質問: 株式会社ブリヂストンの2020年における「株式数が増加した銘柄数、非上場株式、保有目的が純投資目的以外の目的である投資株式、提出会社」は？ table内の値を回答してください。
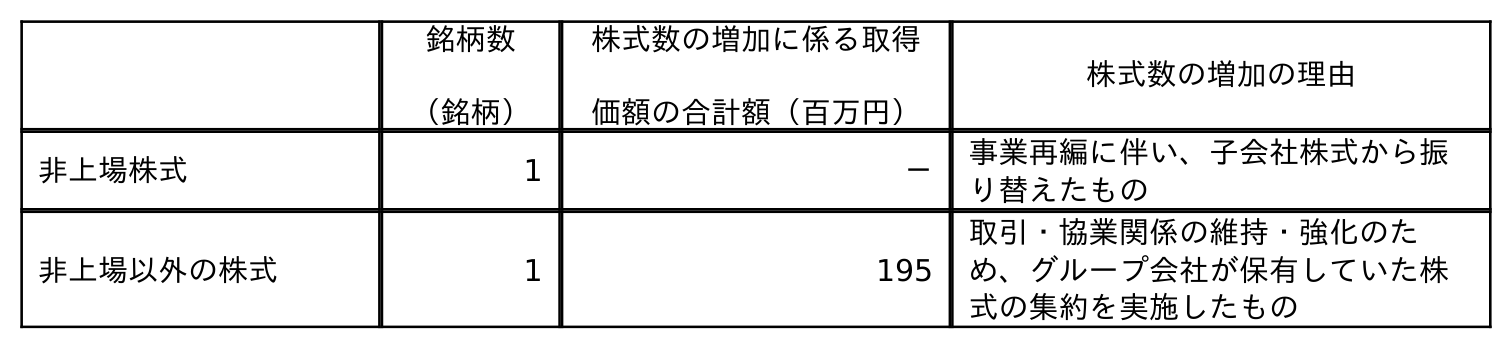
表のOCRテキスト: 銘柄数 （銘柄） 株式数の増加に係る取得 価額の合計額（百万円） 株式数の増加の理由 非上場株式 1 － 事業再編に伴い、子会社株式から振 り替えたもの 非上場以外の株式 1 195 取引・協業関係の維持・強化のた め、グループ会社が保有していた株 式の集約を実施したもの
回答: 1